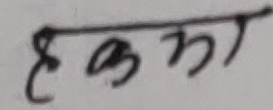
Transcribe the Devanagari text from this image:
हल्का